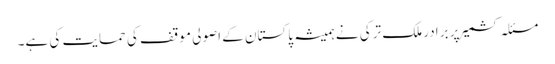
مسئلہ کشمیر پر برادر ملک ترکی نے ہمیشہ پاکستان کے اصولی موقف کی حمایت کی ہے۔